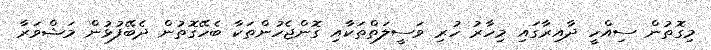
މިގޮތުން ސިއްހީ ދާއިރާގައި މިހާރު ހުރި ވަސީލަތްތަކާއި ގޮންޖެހުންތަކާ ބެހޭގޮތުން ދެބޭފުޅުން މަޝްވަރާ